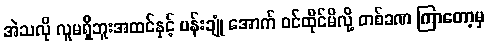
အဲသလို လူမရှိဘူးအထင်နှင့် ပန်းချုံ အောက် ဝင်ထိုင်မိလို့ တစ်ခဏ ကြာတော့မှ